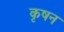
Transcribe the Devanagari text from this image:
कृषन